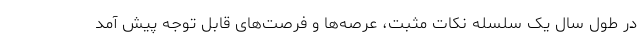
در طول سال یک سلسله نکات مثبت، عرصه‌ها و فرصت‌های قابل توجه پیش آمد